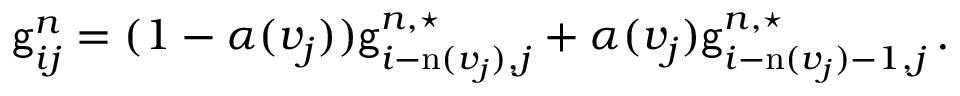
\mathsf { g } _ { i j } ^ { n } = ( 1 - \alpha ( v _ { j } ) ) \mathsf { g } _ { i - \mathrm { n } ( v _ { j } ) , j } ^ { n , \star } + \alpha ( v _ { j } ) \mathsf { g } _ { i - \mathrm { n } ( v _ { j } ) - 1 , j } ^ { n , \star } \, .